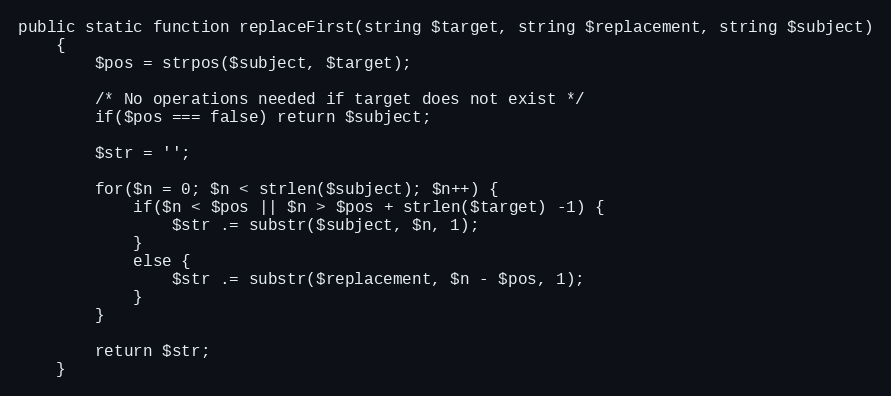
Language: PHP
public static function replaceFirst(string $target, string $replacement, string $subject)
    {
        $pos = strpos($subject, $target);

        /* No operations needed if target does not exist */
        if($pos === false) return $subject;

        $str = '';

        for($n = 0; $n < strlen($subject); $n++) {
            if($n < $pos || $n > $pos + strlen($target) -1) {
                $str .= substr($subject, $n, 1);
            }
            else {
                $str .= substr($replacement, $n - $pos, 1);
            }
        }

        return $str;
    }